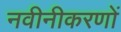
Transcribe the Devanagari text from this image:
नवीनीकरणों